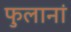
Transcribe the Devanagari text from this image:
फुलानां